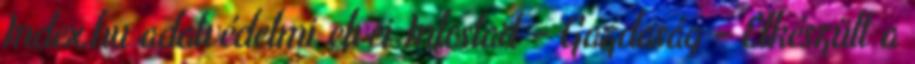
Index.hu adatvédelmi elvei Infostart - Gazdaság - Elkészült a